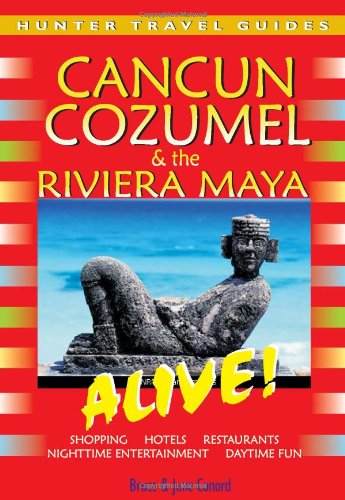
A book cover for Cancun, Cozumel & Riviera Maya Alive (Cancun & Cozumel Alive!) (Cancun & Cozumel Alive!) (Cancun, Cozumel, & the Riviera Maya); Bruce W. Conord; Travel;